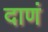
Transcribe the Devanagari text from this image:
दाणं